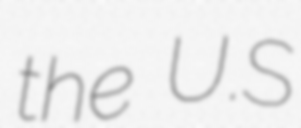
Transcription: the U.S